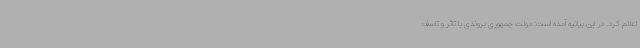
اعلام کرد. در این بیانیه آمده است: دولت جمهوری بروندی با تاثر و تاسف